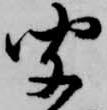
聞